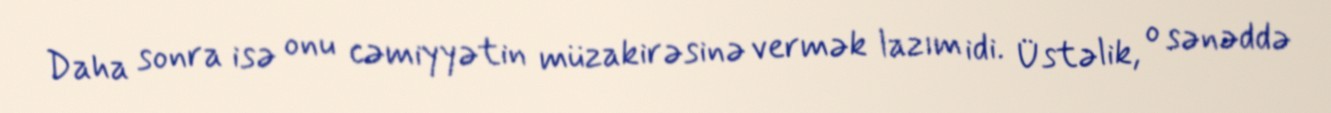
Daha sonra isə onu cəmiyyətin müzakirəsinə vermək lazım idi. Üstəlik, o sənəddə